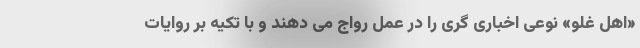
«اهل غلو» نوعی اخباری گری را در عمل رواج می دهند و با تکیه بر روایات